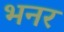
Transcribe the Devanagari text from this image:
भनर